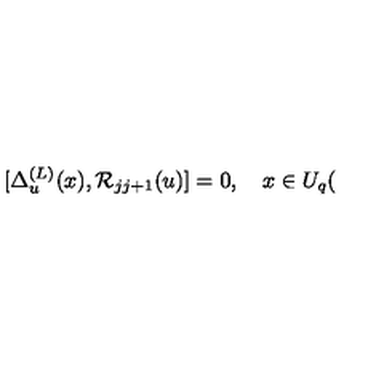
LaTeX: \lbrack \Delta _ { u } ^ { ( L ) } ( x ) , \mathcal { R } _ { j j + 1 } ( u ) ] = 0 , \quad x \in U _ { q } (